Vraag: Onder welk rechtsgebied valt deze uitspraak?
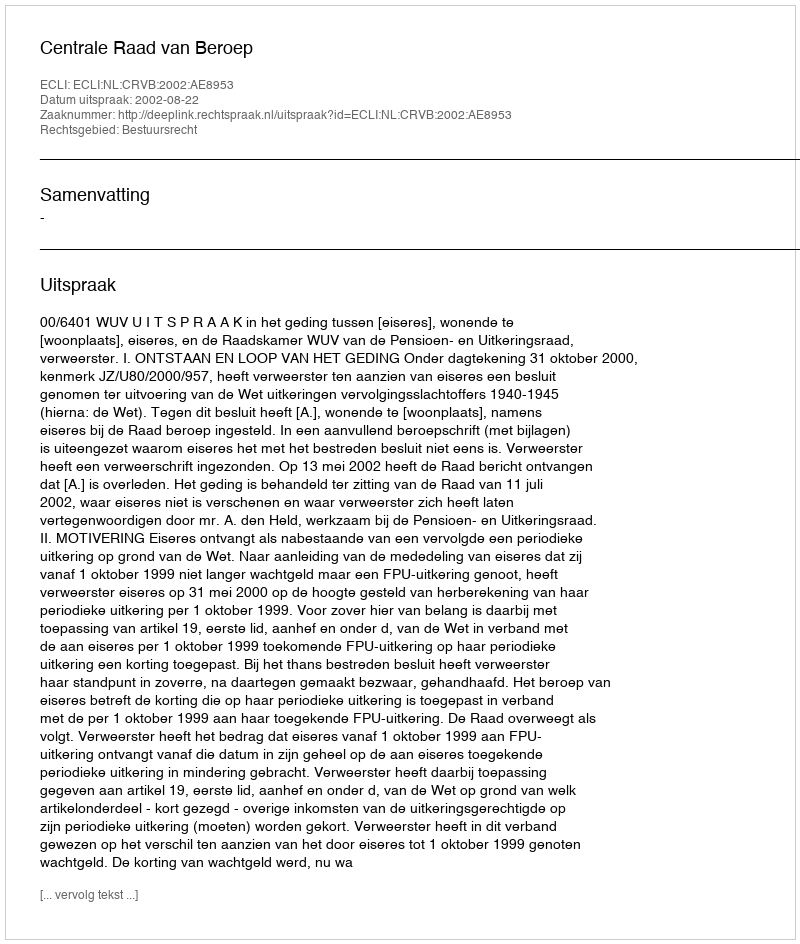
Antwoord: Bestuursrecht